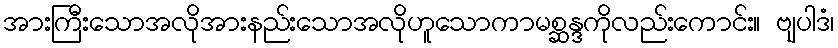
အားကြီးသောအလိုအားနည်းသောအလိုဟူသောကာမစ္ဆန္ဒကိုလည်းကောင်း။ ဗျပါဒံ၊